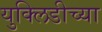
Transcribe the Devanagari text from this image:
युक्लिडीच्या